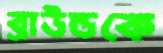
ব্রাউন্ডকে